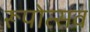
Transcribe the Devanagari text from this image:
रूपोत्सव